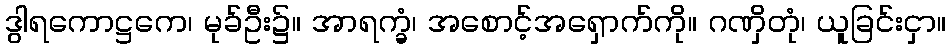
ဒွါရကောဋ္ဌကေ၊ မုခ်ဦး၌။ အာရက္ခံ၊ အစောင့်အရှောက်ကို။ ဂဏှိတုံ၊ ယူခြင်းငှာ။